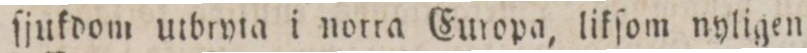
ſjukdom utbryta i notta Europa, likſom nyligen